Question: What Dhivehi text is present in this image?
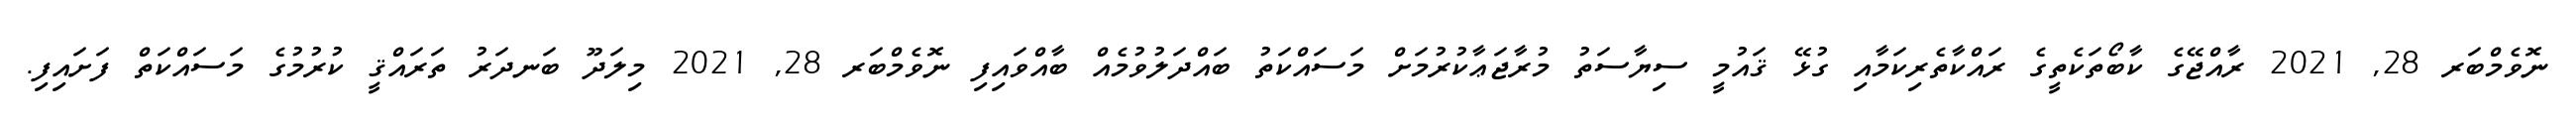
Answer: ނޮވެމްބަރ 28, 2021 ރާއްޖޭގެ ކާބޯތަކެތީގެ ރައްކާތެރިކަމާއި ގުޅޭ ޤައުމީ ސިޔާސަތު މުރާޖަޢާކުރުމަށް މަސައްކަތު ބައްދަލުވުމެއް ބާއްވައިފި ނޮވެމްބަރ 28, 2021 މިލަދޫ ބަނދަރު ތަރައްޤީ ކުރުމުގެ މަސައްކަތް ފަށައިފި.